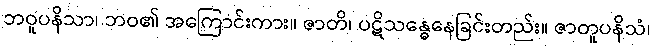
ဘဝူပနိသာ၊ ဘဝ၏ အကြောင်းကား။ ဇာတိ၊ ပဋိသန္ဓေနေခြင်းတည်း။ ဇာတူပနိသံ၊